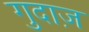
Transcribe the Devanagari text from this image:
गुदाज़